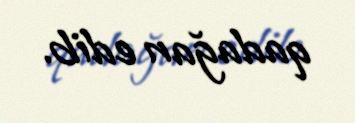
qadağan edib.